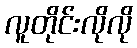
လူတိုင်းလိုလို